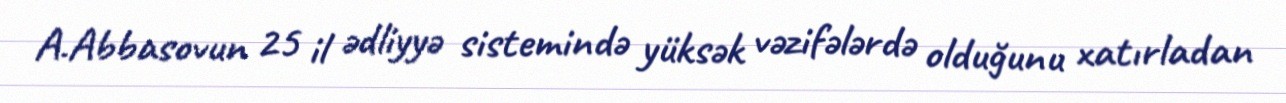
A.Abbasovun 25 il ədliyyə sistemində yüksək vəzifələrdə olduğunu xatırladan